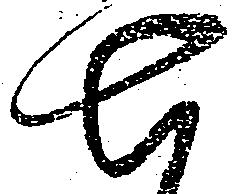
七